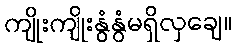
ကျိုးကျိုးနွံနွံမရှိလှချေ။